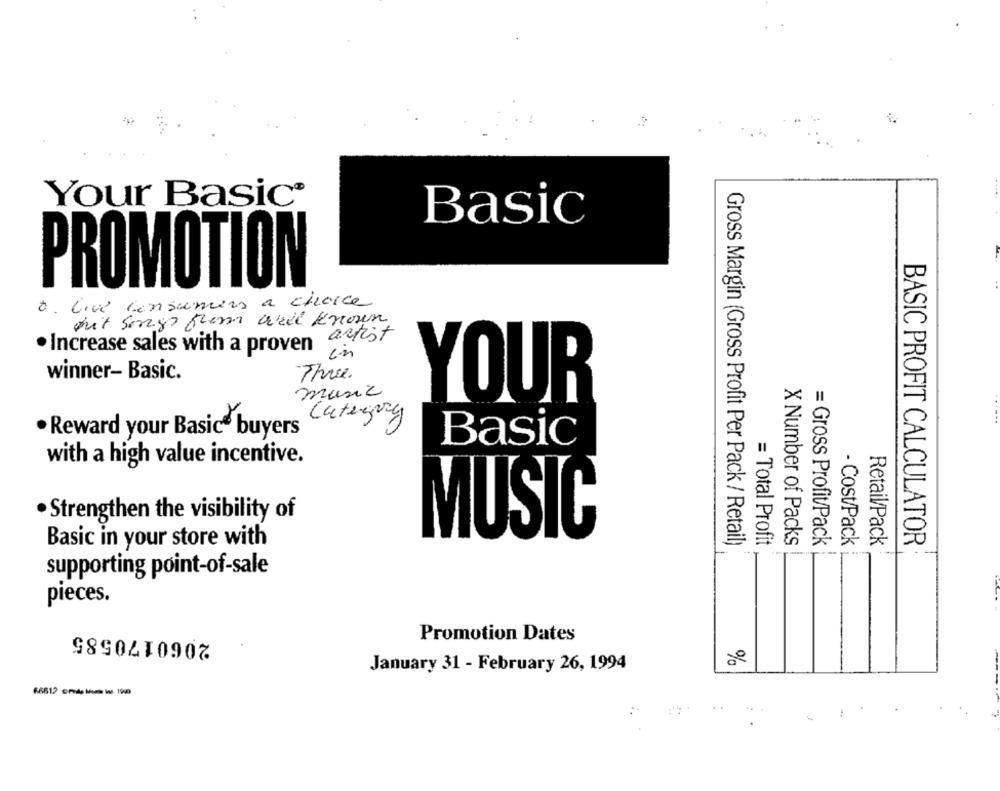
Your Basic®
Basic
PROMOTION
0. Live consumers a chance
mit Songs frem well Known
. Increase sales with a proven artist
in
winner- Basic.
The.
music
YOUR
Category
. Reward your Basic buyers
Basic
with a high value incentive.
· Strengthen the visibility of
MUSIC
Basic in your store with
Gross Margin (Gross Profit Per Pack / Retail)
= Total Profit
X Number of Packs
= Gross Profit/Pack
- Cost/Pack
Retail/Pack
BASIC PROFIT CALCULATOR
supporting point-of-sale
pieces.
2060170585
Promotion Dates
January 31 - February 26, 1994
66617 crede lemie iss 1900
: